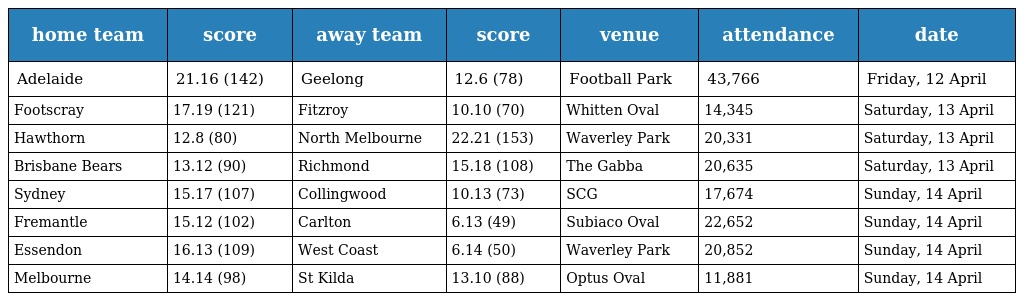
| home team | score | away team | score | venue | attendance | date |
 | --- | --- | --- | --- | --- | --- | --- |
 | Adelaide | 21.16 (142) | Geelong | 12.6 (78) | Football Park | 43,766 | Friday, 12 April |
 | Footscray | 17.19 (121) | Fitzroy | 10.10 (70) | Whitten Oval | 14,345 | Saturday, 13 April |
 | Hawthorn | 12.8 (80) | North Melbourne | 22.21 (153) | Waverley Park | 20,331 | Saturday, 13 April |
 | Brisbane Bears | 13.12 (90) | Richmond | 15.18 (108) | The Gabba | 20,635 | Saturday, 13 April |
 | Sydney | 15.17 (107) | Collingwood | 10.13 (73) | SCG | 17,674 | Sunday, 14 April |
 | Fremantle | 15.12 (102) | Carlton | 6.13 (49) | Subiaco Oval | 22,652 | Sunday, 14 April |
 | Essendon | 16.13 (109) | West Coast | 6.14 (50) | Waverley Park | 20,852 | Sunday, 14 April |
 | Melbourne | 14.14 (98) | St Kilda | 13.10 (88) | Optus Oval | 11,881 | Sunday, 14 April |